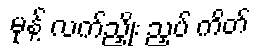
မုန့် လက်ညှိုး ညှပ် ကိတ်